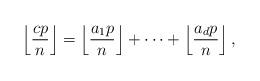
LaTeX: \begin{align*}\left\lfloor \frac{cp}{n} \right\rfloor =\left\lfloor \frac{a_1p}{n} \right\rfloor + \cdots + \left\lfloor \frac{a_dp}{n} \right\rfloor ,\end{align*}